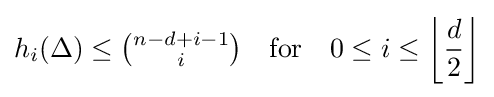
h_{i}(\Delta )\leq {\tbinom {n-d+i-1}{i}}\quad {\textrm {for}}\quad 0\leq i\leq \left\lfloor {\frac {d}{2}}\right\rfloor